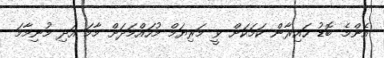
އެންމެ ބޮޑު ހައިރާން ކަމަކަށް ވީ މަރިޔަމް މުހައްމަދަށް މާމަ އަދި މުނިމާމަ